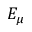
E _ { \mu }